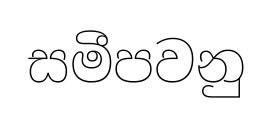
සමීපවනු